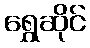
ရွှေဆိုင်